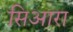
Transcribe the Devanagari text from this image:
सिआरा